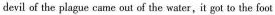
devil of the plague came out of the water,it got to the foot